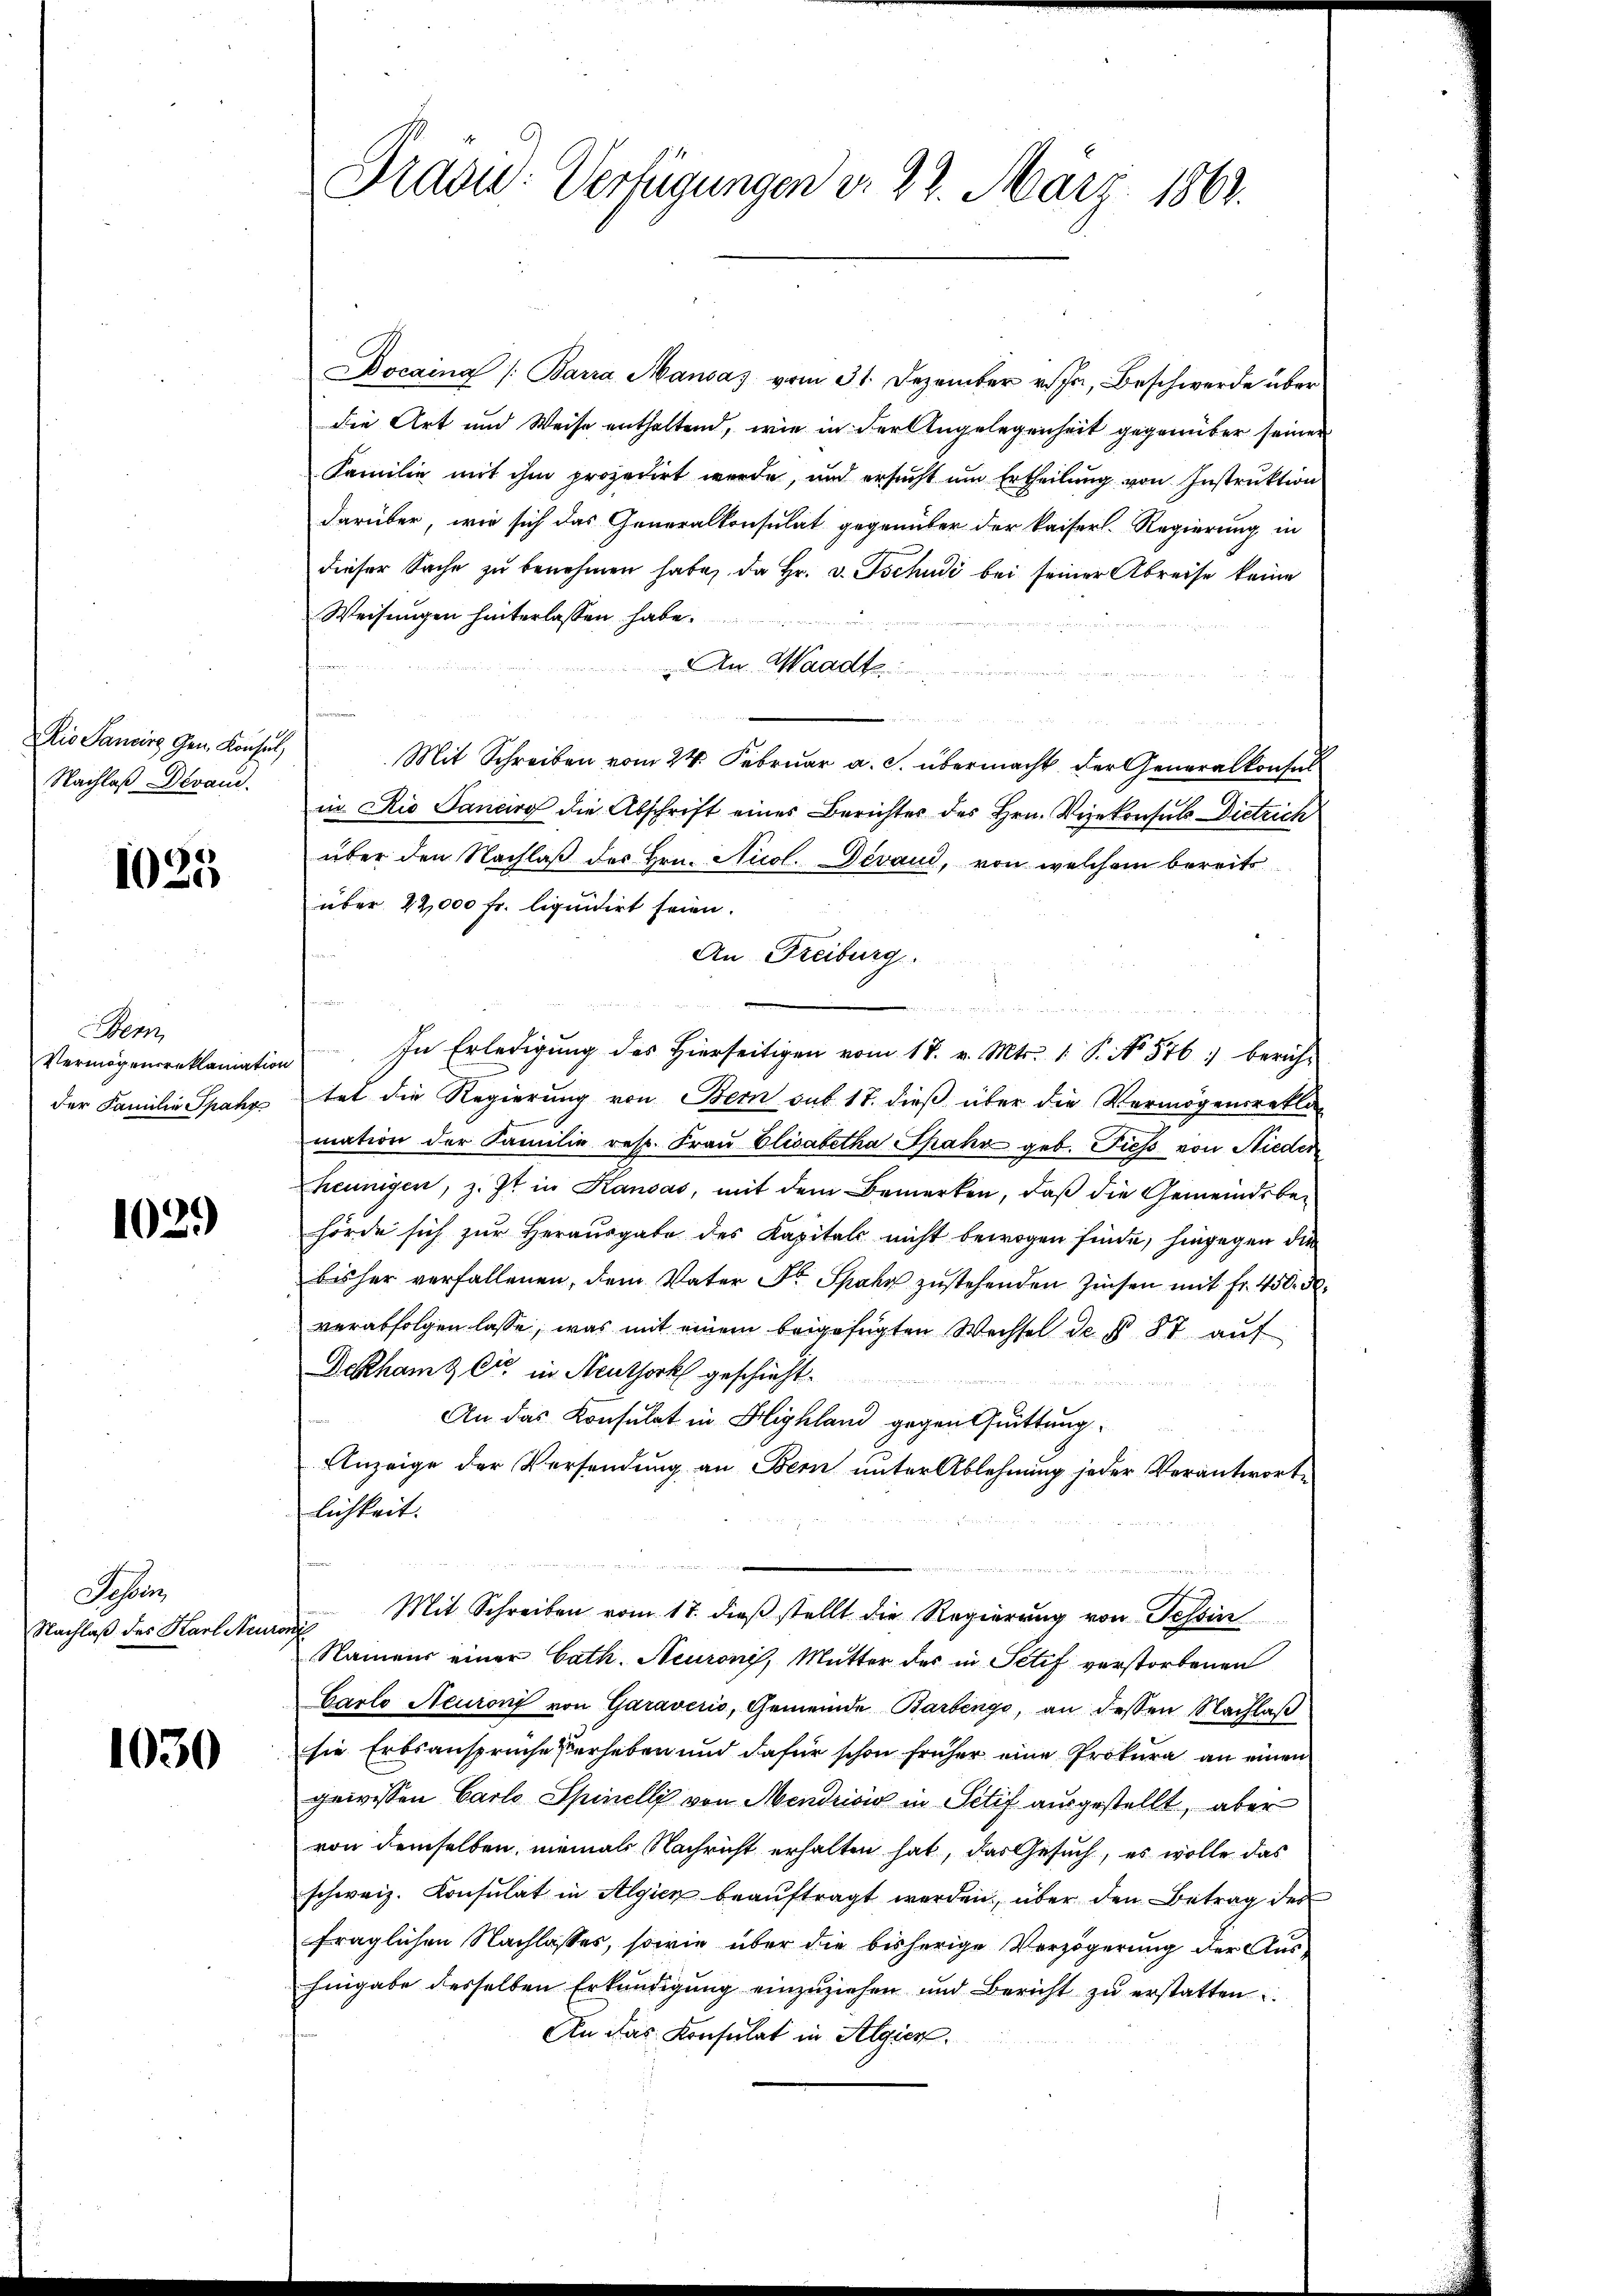
Rio Sancire Gen. Konsul,
Nachlaß Devan

1025

en
der Familie Spahr

102)

Sehen
Nachlaß des Karl Neur

1030

Docaina /: Barra Mandas vom 31. Dezember v. Js., Beschwerde über
die Art und Weise enthaltend, wie in der Angelegenheit gegenüber seiner
Familie mit ihm prozedirt werde, und ersŭcht ŭm Ertheilŭng von Instrŭktion
darüber, wie sich das Generalkonsulat gegenüber der kaiserl. Regierung in
dieser Sache zŭ benehmen habe, da Hr. v. Tschudi bei seiner Abreise keine
Weisungen hinterlassen habe.
An. Waadt
Mit Schreiben vom 24. Februar a. c. übermacht der Generalkonsul
in Rio Sanciro die Abschrift eines Berichtes des Hrn. Vizekonsuls Dietrich
über den Nachlaß des Hrn. Nicol. Devaud, von welchem bereits
über 22,000 Fr. liquidirt seien.
An Freiburg.
e
n
Vermögensreklamation. In Erledigŭng des hierseitigen vom 17. v. Mts. 1. P. No. 546 : berühr
tet die Regierung von Bern sub. 17. dieß über die Vermögensrekla
mation der Familie resp. Fraŭ Elisabetha Spahr geb. Fiess von Nieder
heunigen, z. Zt. in Kausas, mit dem Bemerken, daß die Gemeindsbehörde sich zur Herausgabe des Kapitals nicht bewogen finde, hingegen die
bisher verfallenen, dem Vater Dr. Spahn zustehenden Zinsen mit Fr. 450. d.
verabfolgen lasse, was mit einem beigefügten Wechsel der § 87 auf
Dekham & Cie in Neuthork geschieht.
An das Konsulat in Highland gegen Quittung
Anzeige der Versendung an Bern unter Ablehnung jeder Verantworte
lichkeit.
.
Mit Schreiben vom 17. dieß stellt die Regierung von Tessin
woch
Namens einer Cath. Neuroni, Mutter des in Setef verstorbenen
Carlo Neuront von Garaverio, Gemeinde Barbengo, an dessen Nachlaß
sie Erbsansprüche Verheben und dafür schon früher eine Prokura an einen
gewissen Carlo Spinelli von Mendrisis in Petif ausgestellt, aber
von demselben, neines Nachricht erhalten hat, das Gesuch, es wolle das
schweiz. Consulat in Algien beaŭftragt werden, über den Betrag der
fraglichen Nachlasses, sowie über die bisherige Verzögerung der Aus¬
Eingabe desselben Erkundigŭng einzŭziehen und Bericht zŭ erstatten
An das Konsulat in Algien.

Präsid.- Verfügungen d. 23. März 1862.